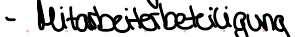
- Mitarbeiterbeteiligung